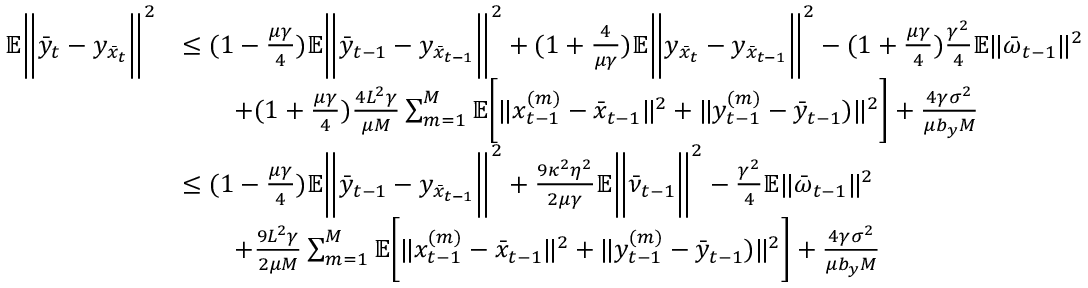
\begin{array} { r l } { \mathbb { E } \bigg \| \bar { y } _ { t } - y _ { \bar { x } _ { t } } \bigg \| ^ { 2 } } & { \leq ( 1 - \frac { \mu \gamma } { 4 } ) \mathbb { E } \bigg \| \bar { y } _ { t - 1 } - y _ { \bar { x } _ { t - 1 } } \bigg \| ^ { 2 } + ( 1 + \frac { 4 } { \mu \gamma } ) \mathbb { E } \bigg \| y _ { \bar { x } _ { t } } - y _ { \bar { x } _ { t - 1 } } \bigg \| ^ { 2 } - ( 1 + \frac { \mu \gamma } { 4 } ) \frac { \gamma ^ { 2 } } { 4 } \mathbb { E } \| \bar { \omega } _ { t - 1 } \| ^ { 2 } } \\ & { \qquad + ( 1 + \frac { \mu \gamma } { 4 } ) \frac { 4 L ^ { 2 } \gamma } { \mu M } \sum _ { m = 1 } ^ { M } \mathbb { E } \bigg [ \| x _ { t - 1 } ^ { ( m ) } - \bar { x } _ { t - 1 } \| ^ { 2 } + \| y _ { t - 1 } ^ { ( m ) } - \bar { y } _ { t - 1 } ) \| ^ { 2 } \bigg ] + \frac { 4 \gamma \sigma ^ { 2 } } { \mu b _ { y } M } } \\ & { \leq ( 1 - \frac { \mu \gamma } { 4 } ) \mathbb { E } \bigg \| \bar { y } _ { t - 1 } - y _ { \bar { x } _ { t - 1 } } \bigg \| ^ { 2 } + \frac { 9 \kappa ^ { 2 } \eta ^ { 2 } } { 2 \mu \gamma } \mathbb { E } \bigg \| \bar { \nu } _ { t - 1 } \bigg \| ^ { 2 } - \frac { \gamma ^ { 2 } } { 4 } \mathbb { E } \| \bar { \omega } _ { t - 1 } \| ^ { 2 } } \\ & { \qquad + \frac { 9 L ^ { 2 } \gamma } { 2 \mu M } \sum _ { m = 1 } ^ { M } \mathbb { E } \bigg [ \| x _ { t - 1 } ^ { ( m ) } - \bar { x } _ { t - 1 } \| ^ { 2 } + \| y _ { t - 1 } ^ { ( m ) } - \bar { y } _ { t - 1 } ) \| ^ { 2 } \bigg ] + \frac { 4 \gamma \sigma ^ { 2 } } { \mu b _ { y } M } } \end{array}